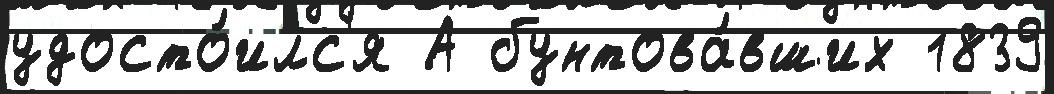
удосто́илс'я А бунтова́вших 1839